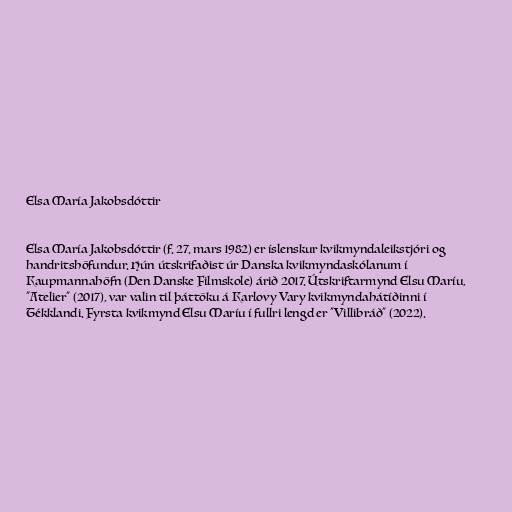
Elsa María Jakobsdóttir

Elsa María Jakobsdóttir (f. 27. mars 1982) er íslenskur kvikmyndaleikstjóri og
handritshöfundur. Hún útskrifaðist úr Danska kvikmyndaskólanum í
Kaupmannahöfn (Den Danske Filmskole) árið 2017. Útskriftarmynd Elsu Maríu,
"Atelier" (2017), var valin til þáttöku á Karlovy Vary kvikmyndahátíðinni í
Tékklandi. Fyrsta kvikmynd Elsu Maríu í fullri lengd er "Villibráð" (2022).